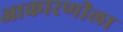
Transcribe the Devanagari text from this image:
आकारणीला